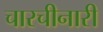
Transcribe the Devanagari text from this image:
चारचीनारी